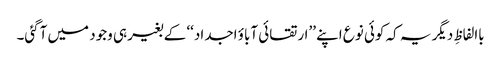
باالفاظِ دیگر یہ کہ کوئی نوع اپنے ’’ارتقائی آباؤ اجداد‘‘ کے بغیر ہی وجود میں آگئی۔